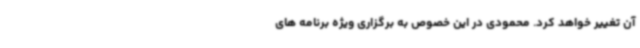
آن تغییر خواهد کرد. محمودی در این خصوص به برگزاری ویژه برنامه های